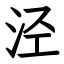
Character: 泾